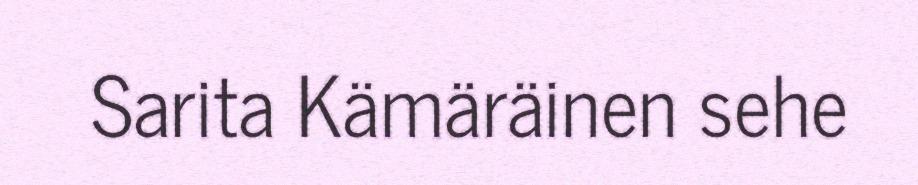
Sarita Kämäräinen sehe